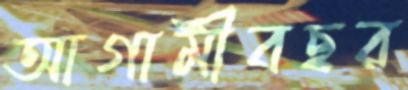
আগামীবছর